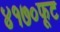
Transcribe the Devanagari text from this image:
४१७०फूट